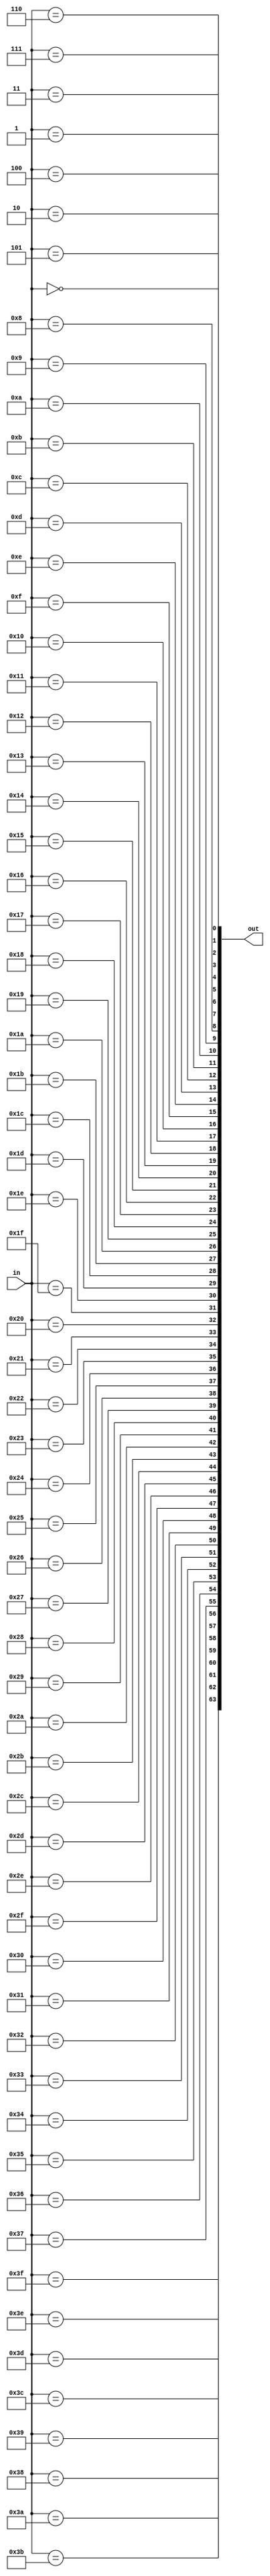
`timescale 1ns / 1ps
module decoder_6_64(
        input[5:0] in,
        output[63:0]out
    );
    assign out[0]=(in==6'd0);
    assign out[1]=(in==6'd1);
    assign out[2]=(in==6'd2);
    assign out[3]=(in==6'd3);
    assign out[4]=(in==6'd4);
    assign out[5]=(in==6'd5);
    assign out[6]=(in==6'd6);
    assign out[7]=(in==6'd7);
    assign out[8]=(in==6'd8);
    assign out[9]=(in==6'd9);
    assign out[10]=(in==6'd10);
    assign out[11]=(in==6'd11);
    assign out[12]=(in==6'd12);
    assign out[13]=(in==6'd13);
    assign out[14]=(in==6'd14);
    assign out[15]=(in==6'd15);
    assign out[16]=(in==6'd16);
    assign out[17]=(in==6'd17);
    assign out[18]=(in==6'd18);
    assign out[19]=(in==6'd19);
    assign out[20]=(in==6'd20);
    assign out[21]=(in==6'd21);
    assign out[22]=(in==6'd22);
    assign out[23]=(in==6'd23);
    assign out[24]=(in==6'd24);
    assign out[25]=(in==6'd25);
    assign out[26]=(in==6'd26);
    assign out[27]=(in==6'd27);
    assign out[28]=(in==6'd28);
    assign out[29]=(in==6'd29);
    assign out[30]=(in==6'd30);
    assign out[31]=(in==6'd31);
    assign out[32]=(in==6'd32);
    assign out[33]=(in==6'd33);
    assign out[34]=(in==6'd34);
    assign out[35]=(in==6'd35);
    assign out[36]=(in==6'd36);
    assign out[37]=(in==6'd37);
    assign out[38]=(in==6'd38);
    assign out[39]=(in==6'd39);
    assign out[40]=(in==6'd40);
    assign out[41]=(in==6'd41);
    assign out[42]=(in==6'd42);
    assign out[43]=(in==6'd43);
    assign out[44]=(in==6'd44);
    assign out[45]=(in==6'd45);
    assign out[46]=(in==6'd46);
    assign out[47]=(in==6'd47);
    assign out[48]=(in==6'd48);
    assign out[49]=(in==6'd49);
    assign out[50]=(in==6'd50);
    assign out[51]=(in==6'd51);
    assign out[52]=(in==6'd52);
    assign out[53]=(in==6'd53);
    assign out[54]=(in==6'd54);
    assign out[55]=(in==6'd55);
    assign out[56]=(in==6'd56);
    assign out[57]=(in==6'd57);
    assign out[58]=(in==6'd58);
    assign out[59]=(in==6'd59);
    assign out[60]=(in==6'd60);
    assign out[61]=(in==6'd61);
    assign out[62]=(in==6'd62);
    assign out[63]=(in==6'd63);
endmodule